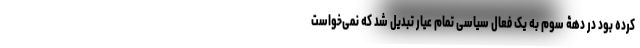
کرده بود در دهۀ سوم به یک فعال سیاسی تمام عیار تبدیل شد که نمی‌خواست